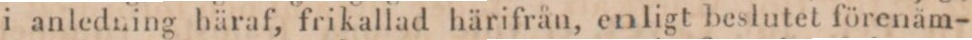
i anledning häraf, frikallad härifrån, enligt beslutet förenäm-